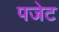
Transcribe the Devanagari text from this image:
पजेट